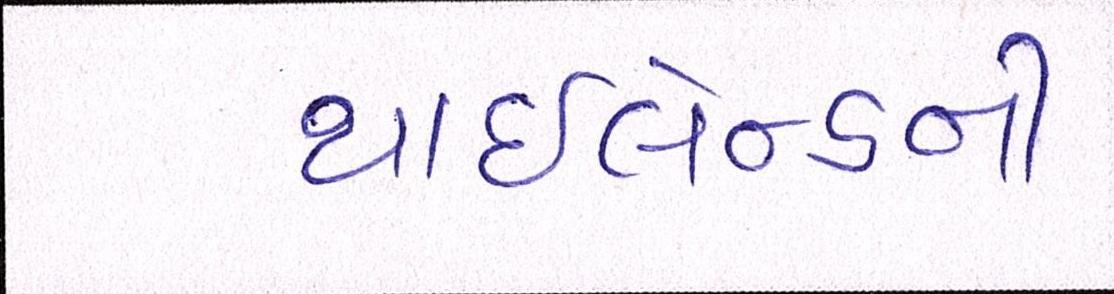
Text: થાઇલેન્ડની